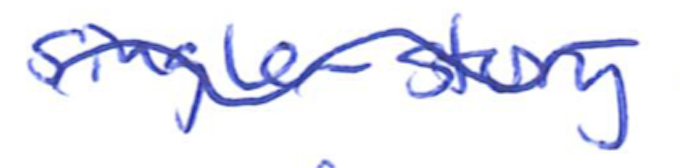
Text: single-story
Cross-out: wave
Writing tool: ballpoint